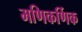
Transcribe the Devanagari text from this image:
मणिकर्णिक